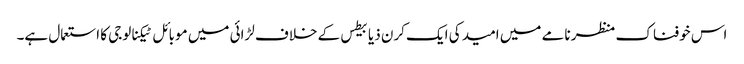
اس خوفناک منظر نامے میں امید کی ایک کرن ذیابیطس کے خلاف لڑائی میں موبائل ٹیکنالوجی کا استعمال ہے۔